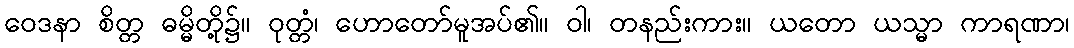
ဝေဒနာ စိတ္တ ဓမ္မိတို့၌။ ဝုတ္တံ၊ ဟောတော်မူအပ်၏။ ဝါ၊ တနည်းကား။ ယတော ယသ္မာ ကာရဏာ၊